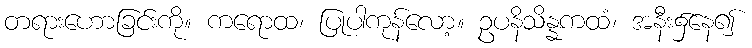
တရားဟောခြင်းကို။ ကရောထ၊ ပြုပါကုန်လော့။ ဥပနိသိန္နကထံ၊ အနီး၌နေ၍